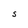
Character: S